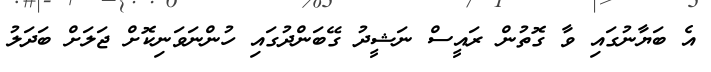
އެ ބަޔާނުގައި ވާ ގޮތުން ރައީސް ނަޝީދު ގޭބަންދުގައި ހުންނަވަނިކޮށް ޖަލަށް ބަދަލު